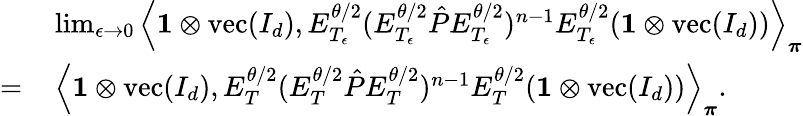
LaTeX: \begin{array}{rl}&{\operatorname*{lim}_{\epsilon\to 0}\left\langle\mathbf{1}\otimes\operatorname{vec}(I_{d}),E_{T_{\epsilon}}^{\theta/2}(E_{T_{\epsilon}}^{\theta/2}\hat{P}E_{T_{\epsilon}}^{\theta/2})^{n-1}E_{T_{\epsilon}}^{\theta/2}(\mathbf{1}\otimes\operatorname{vec}(I_{d}))\right\rangle_{\boldsymbol\pi}}\\ {=\, }&{\left\langle\mathbf{1}\otimes\operatorname{vec}(I_{d}),E_{T}^{\theta/2}(E_{T}^{\theta/2}\hat{P}E_{T}^{\theta/2})^{n-1}E_{T}^{\theta/2}(\mathbf{1}\otimes\operatorname{vec}(I_{d}))\right\rangle_{\boldsymbol\pi}.}\end{array}